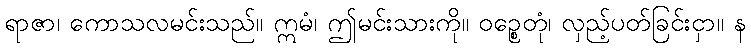
ရာဇာ၊ ကောသလမင်းသည်။ ဣမံ၊ ဤမင်းသားကို။ ဝဉ္စေတုံ၊ လှည့်ပတ်ခြင်းငှာ။ န